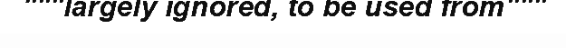
"""largely ignored, to be used from"""